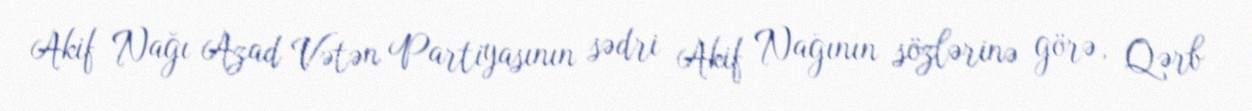
Akif Nağı Azad Vətən Partiyasının sədri Akif Nağının sözlərinə görə, Qərb